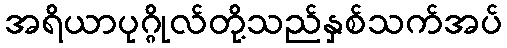
အရိယာပုဂ္ဂိုလ်တို့သည်နှစ်သက်အပ်